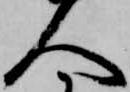
人